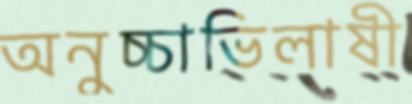
অনুচ্চাভিলাষী